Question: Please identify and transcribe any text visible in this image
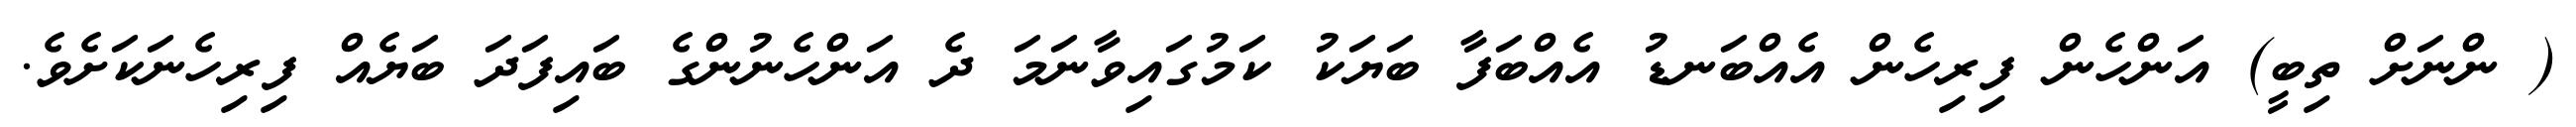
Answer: ( ންނަށް ތިބީ) އަންހެން ފިރިހެން އެއްބަނޑު އެއްބަފާ ބަޔަކު ކަމުގައިވާނަމަ ދެ އަންހެނުންގެ ބައިފަދަ ބަޔެއް ފިރިހެނަކަށެވެ.